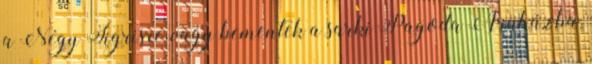
a Négy Tigrisre, vagy bementek a sarki Pagoda Áruházba,